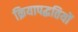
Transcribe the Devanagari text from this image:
क्रियापद्धतियों